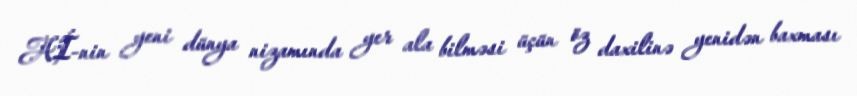
Aİ-nin yeni dünya nizamında yer ala bilməsi üçün öz daxilinə yenidən baxması